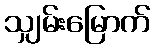
သျှမ်းမြောက်